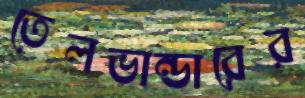
তেলভান্ডারের